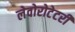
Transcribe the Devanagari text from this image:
लेवोरोटेटरी